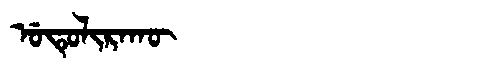
Manchu: ᡠᡨᡠᠯᡳᡵᠠᡴᡡ
Romanization: UTULIRAKŪ